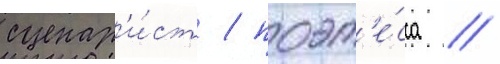
сценар'и́ст / поэт'е́сса //